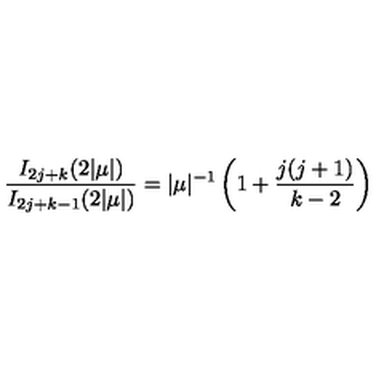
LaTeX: \frac { I _ { 2 j + k } ( 2 | \mu | ) } { I _ { 2 j + k - 1 } ( 2 | \mu | ) } = | \mu | ^ { - 1 } \left( 1 + \frac { j ( j + 1 ) } { k - 2 } \right)